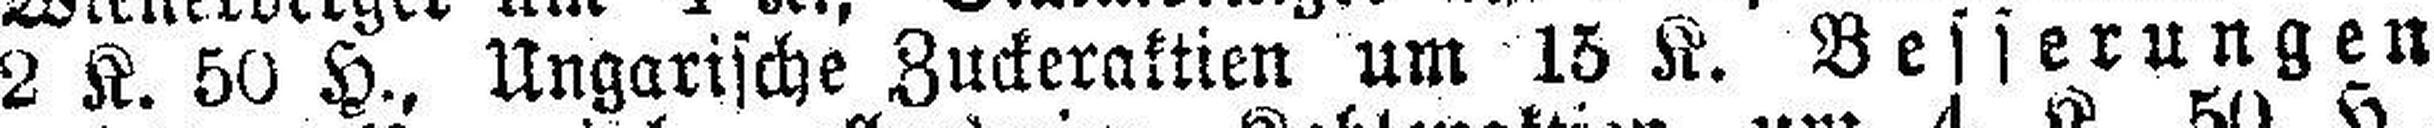
2 K. 50 H., Ungarische Zuckeraktien um 13 K. Besserungen